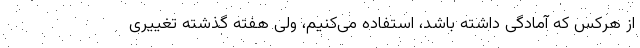
از هرکس که آمادگی داشته باشد، استفاده می‌کنیم، ولی هفته گذشته تغییری